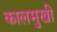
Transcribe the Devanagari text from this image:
कालमुखी